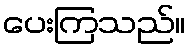
ပေးကြသည်။